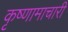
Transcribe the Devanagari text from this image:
कृष्णामाचारी